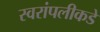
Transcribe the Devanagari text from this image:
स्वरांपलीकडे